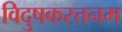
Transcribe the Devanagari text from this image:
विदुषकरत्तनम